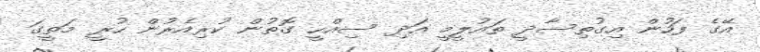
އޭގެ ފަހުން އިގުތިސާދީ ތައުލީމީ އަދި ސިއްހީ ގޮތުން ކުރިއެރުން ހުރީ މަތީގަ